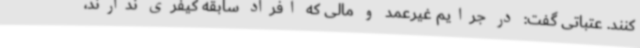
کنند. عتباتی گفت: در جرایم غیرعمد و مالی که افراد سابقه کیفری ندارند،